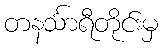
တနင်္သာရီတိုင်းမှ